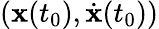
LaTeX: (\mathbf{x}(t_{0}),\dot{\mathbf{x}}(t_{0}))